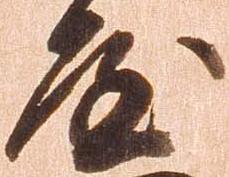
屋